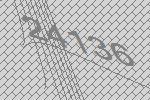
24136